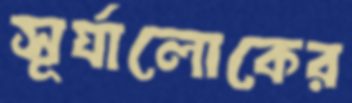
সূর্যালোকের